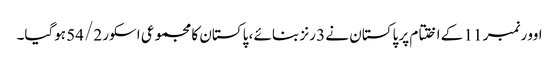
اوور نمبر 11 کے اختتام پر پاکستان نے 3 رنز بنائے ، پاکستان کا مجموعی اسکور 54/2 ہوگیا۔